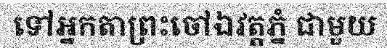
ទៅអ្នកតាព្រះចៅឯវត្តភ្នំ ជាមួយ